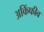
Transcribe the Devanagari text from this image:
अकिंफीव